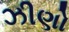
ઝીણો